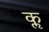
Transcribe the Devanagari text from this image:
कॢ